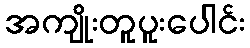
အကျိုးတူပူးပေါင်း